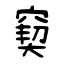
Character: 窫